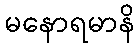
မနောရမာနိ